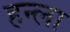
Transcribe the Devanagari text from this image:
हन्ला